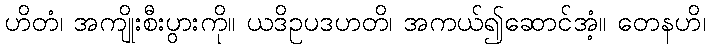
ဟိတံ၊ အကျိုးစီးပွားကို။ ယဒိဥပဒဟတိ၊ အကယ်၍ဆောင်အံ့။ တေနဟိ၊